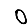
Digit: 0